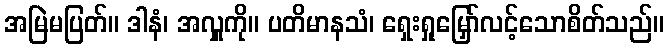
အမြဲမပြတ်။ ဒါနံ၊ အလှူကို။ ပတိမာနသံ၊ ရှေးရှုမြှော်လင့်သောစိတ်သည်။